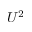
U ^ { 2 }